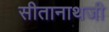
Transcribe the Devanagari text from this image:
सीतानाथजी